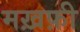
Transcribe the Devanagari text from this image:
मख़फ़ी